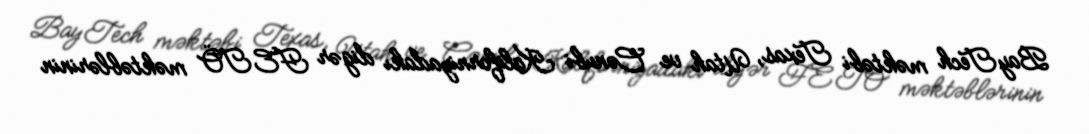
BayTech məktəbi Texas, Utah ve Cənubi Kaliforniyadakı digər FETÖ məktəblərinin